Civil Veterinary Dept. Bombay admin report 1932-41 - 1932-1941
Year: 1932
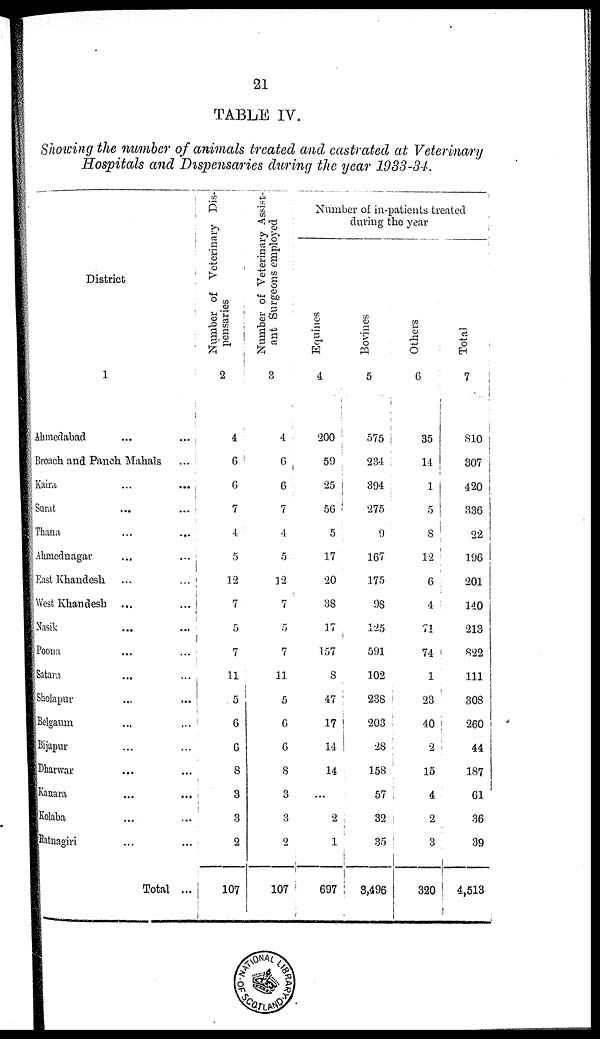
21
TABLE IV.
Showing the number of animals treated and castrated at Veterinary
Hospitals and Dispensaries during the year 1933-34.
District
1
Ahmedabad ... ...
Broach and Panch Mahals ...
Kaira ... ...
Surat ... ...
Thana ... ...
Ahmednagar ... ...
East Khandesh ... ...
West Khandesh ... ...
Nasik ... ...
Poona ... ...
Satara ... ...
Sholapur ... ...
Belgaum ... ...
Bijapur ... ...
Dharwar ... ...
Kanara ... ...
Kolaba ... ...
Ratnagiri ... ...
Total ...
Number of Veterinary Dis-
pensaries
2
4
6
6
7
4
5
12
7
5
7
11
5
6
6
8
3
8
2
107
Number of Veterinary Assist-
ant Surgeons employed
3
4
6
6
7
4
5
12
7
5
7
11
5
6
6
8
3
8
2
107
Number of in-patients treated
during the year
Equines
4
200
59
25
56
5
17
20
38
17
157
8
47
17
14
14
...
2
1
697
Bovines
5
575
284
394
275
9
167
175
98
125
591
102
238
203
28
158
57
32
85
3,496
Others
6
35
14
1
5
8
12
6
4
71
74
1
23
40
2
15
4
2
3
320
Total
7
810
307
420
336
22
196
201
140
213
822
111
308
260
44
187
61
36
39
4,513